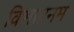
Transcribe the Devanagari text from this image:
विभावनम